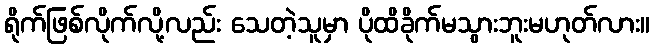
ရိုက်ဖြစ်လိုက်လို့လည်း သေတဲ့သူမှာ ပိုထိခိုက်မသွားဘူးမဟုတ်လား။